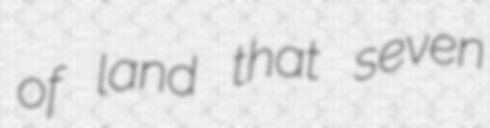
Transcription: of land that seven